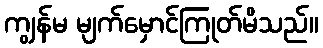
ကျွန်မ မျက်မှောင်ကြုတ်မိသည်။